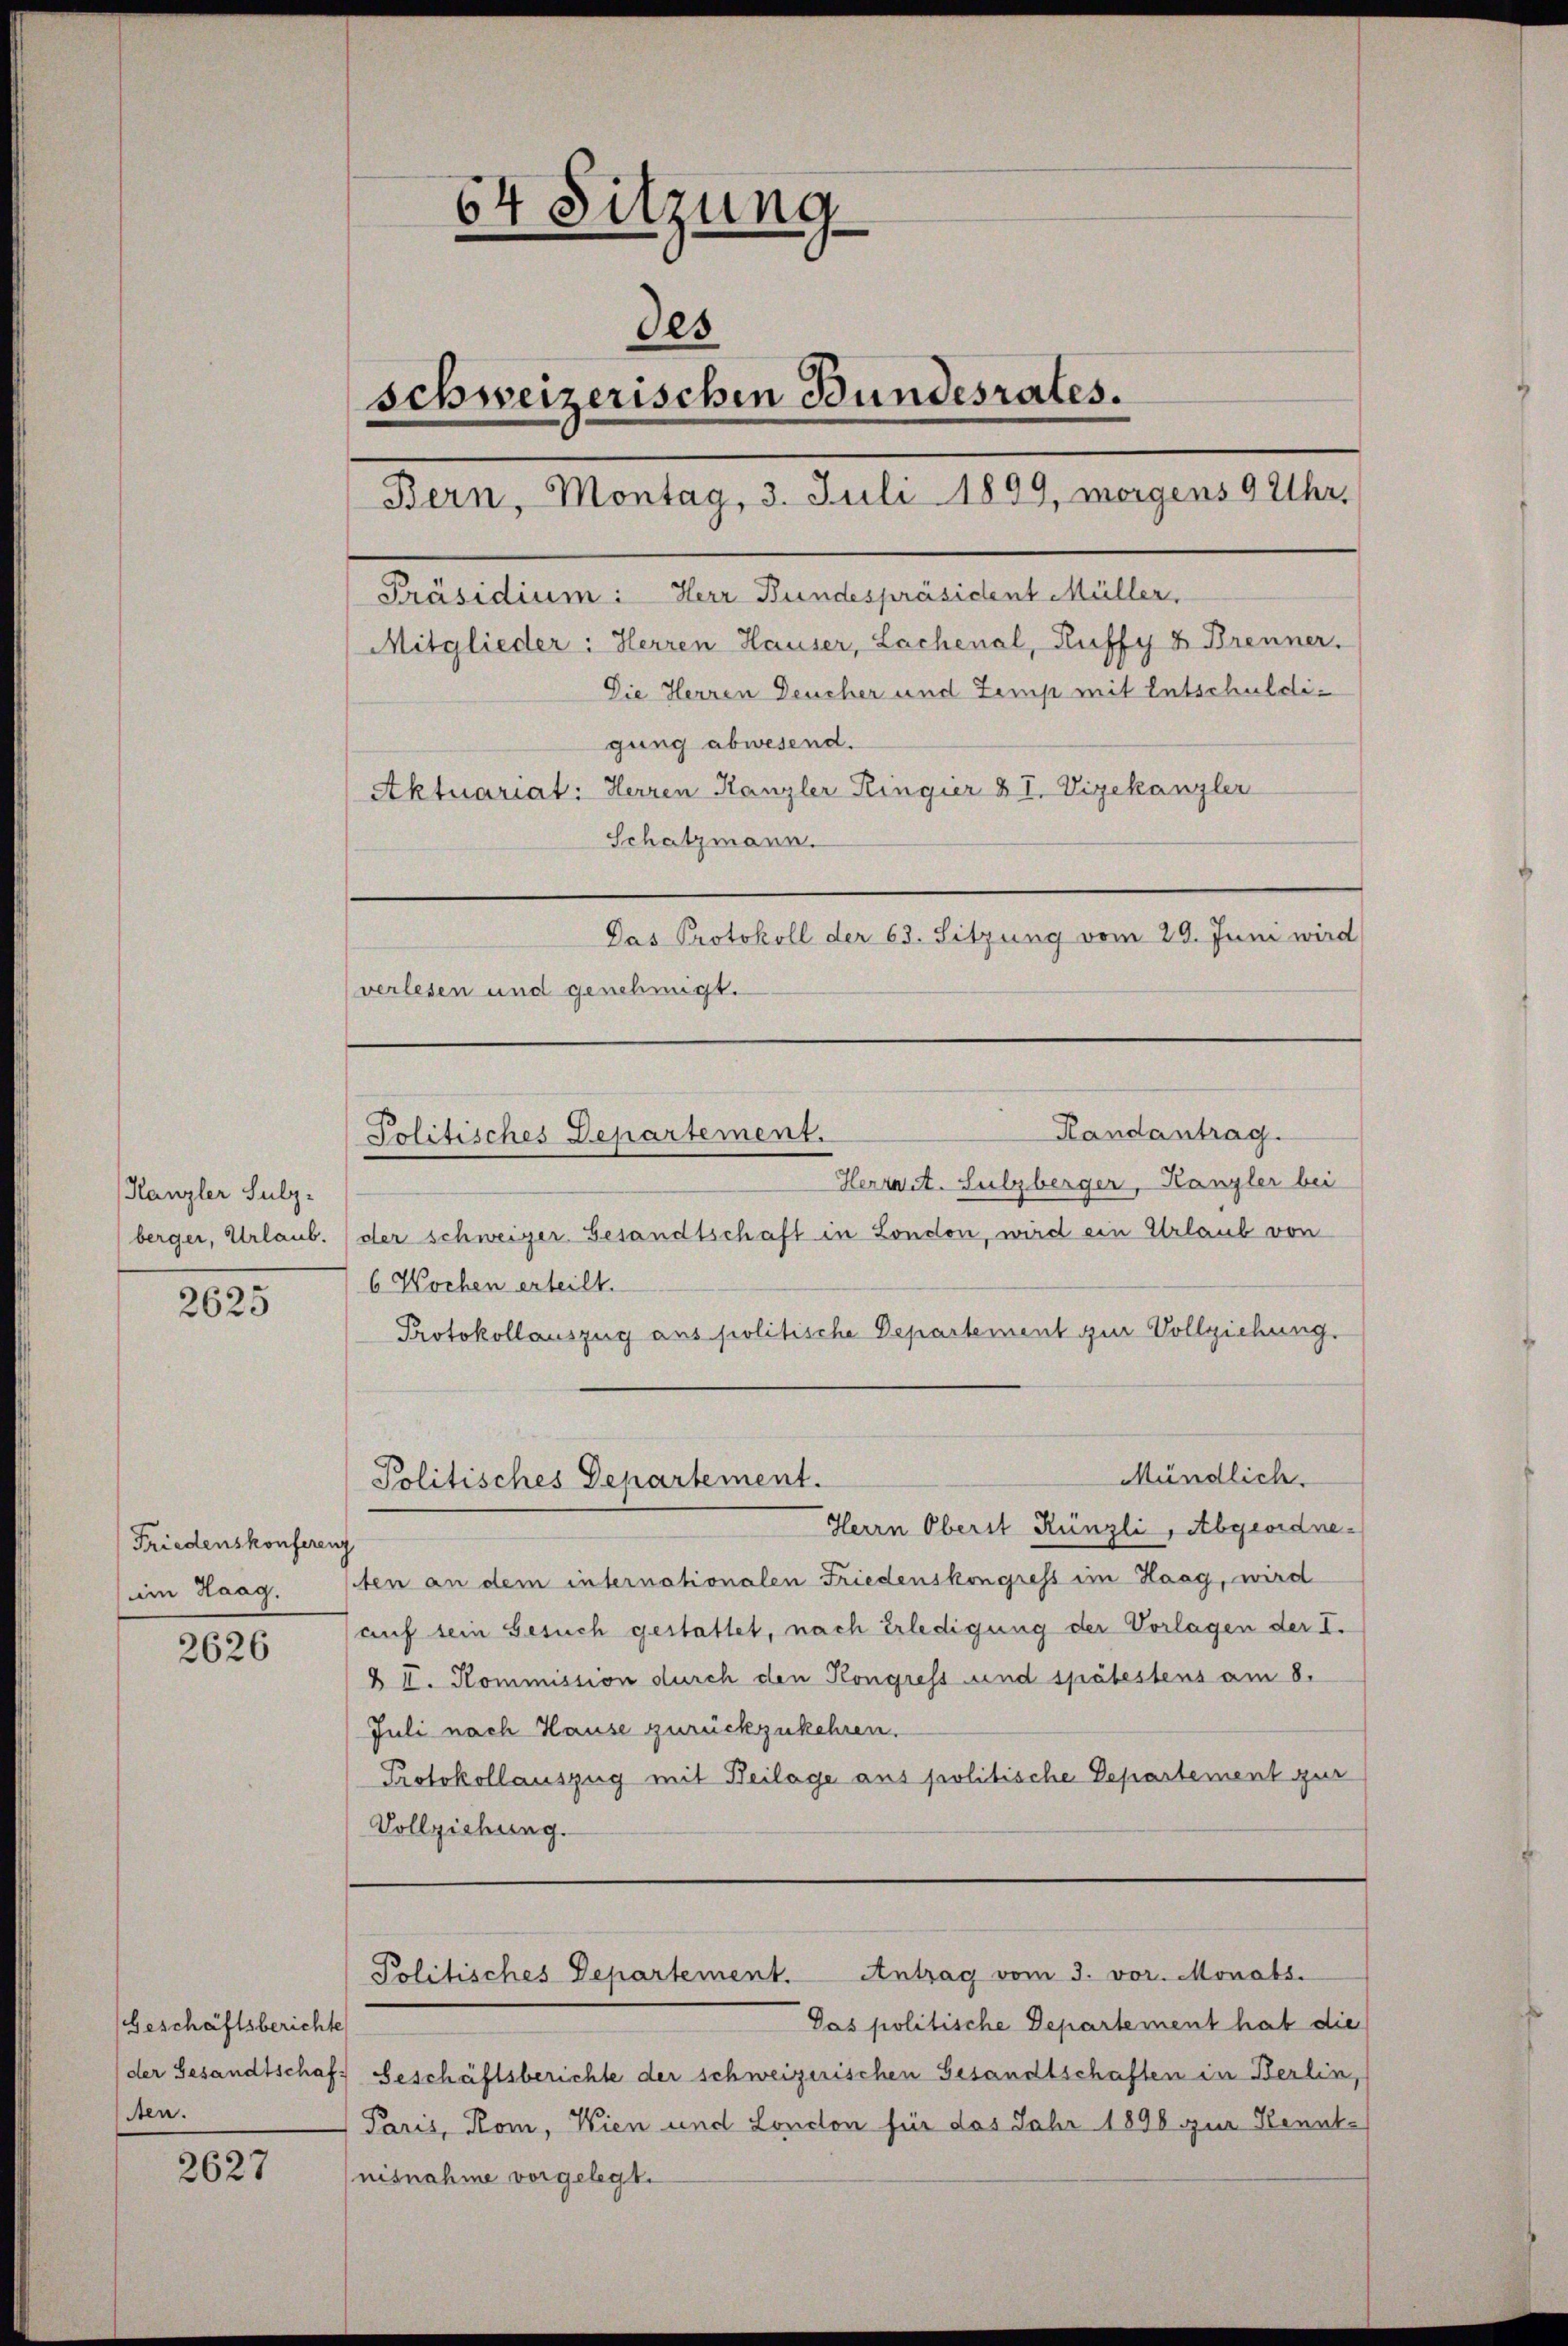
Kanzler Sulzberger, Urlaub.

2625

Friedenskonferenz
ain Haag.

2626

Geschäftsberichte
ten.

2627

64 Sitzung
des
schweizerischen Bundesrates.
Bern, Montag, 3. Juli 1899, morgens 9 Uhr,
Präsidium: Herr Bundespräsident Müller,
Mitglieder: Herren Hauser, Lachenal, Ruffy & Brenner.
Die Herren Deucher und Zemp mit Entschuldigung abwesend.
Aktuariat: Herren Kanzler Ringier & I. Vizekanzler
Schatzmann.
Das Protokoll der 63. Sitzung vom 29. Juni wird
verlesen und genehmigt.

Politisches Departement.

Politisches Departement.

Randantrag.
Herrest. Sulzberger, Kanzler bei
der schweiger Gesandtschaft in London, wird ein Urlaub von
6 Wochen erteilt.
Protokollauszug aus politische Departement zur Vollziehung.
Mündlich.
Herrn Oberst Künzli, Abgeordneten an dem internationalen Friedenskongress im Haag, wird
auf sein Gesuch gestattet, nach Erledigung der Vorlagen der I.
§ I. Kommission durch den Kongress und spätestens am 8.
Juli nach Hause zurückzukehren.
Protokollauszug mit Beilage aus politische Departement zur
Vollziehung.

Das politische Departement hab die
der Gesandtschaft beschäftsberichte der schweizerischen Gesandtschaften in Berlin,
Paris, Kom, Wien und London für das Jahr 1890 zur Kenntnisnahme vorgelegt.

Antrag vom 3. vor. Monats.
Politisches Departement.